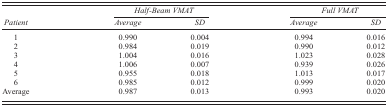
|  | <COLSPAN=2> Half‐Beam VMAT | <COLSPAN=2> Full VMAT |
 | Patient | Average | SD | Average | SD |
 | --- | --- | --- | --- | --- |
 | 1 | 0.990 | 0.004 | 0.994 | 0.016 |
 | 2 | 0.984 | 0.019 | 0.990 | 0.012 |
 | 3 | 1.004 | 0.016 | 1.023 | 0.028 |
 | 4 | 1.006 | 0.007 | 0.939 | 0.026 |
 | 5 | 0.955 | 0.018 | 1.013 | 0.017 |
 | 6 | 0.985 | 0.012 | 0.999 | 0.020 |
 | Average | 0.987 | 0.013 | 0.993 | 0.020 |